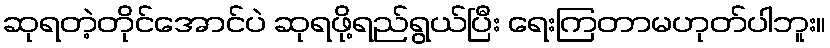
ဆုရတဲ့တိုင်အောင်ပဲ ဆုရဖို့ရည်ရွယ်ပြီး ရေးကြတာမဟုတ်ပါဘူး။